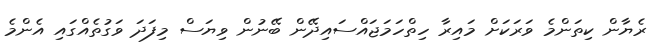
ރެޔާން ކިތަންމެ ވަރަކަށް މައިރާ ހިތްހަމަޖައްސައިދޭން ބޭނުން ވިޔަސް މިފަދަ ވަގުތެއްގައި އެންމެ